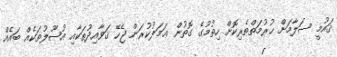
ޤައުމީ ސަލާމަށް ޙުރުމަތްތެރިކޮށް ހިތުމުގެ ގޮތުން ޢަމަލުކުރަން ޖެހޭ ޤަވާއިދުތަކާއި އުޞޫލުތަކެއް ބައެއް